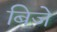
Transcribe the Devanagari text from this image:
बिजे